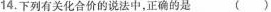
14.下列有关化合价的说法中，正确的是 ( )